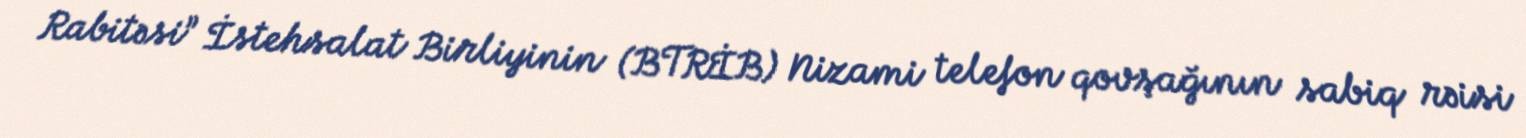
Rabitəsi” İstehsalat Birliyinin (BTRİB) Nizami telefon qovşağının sabiq rəisi